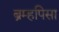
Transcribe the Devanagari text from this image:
ब्रम्हपिसा